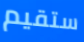
ستقيم